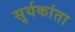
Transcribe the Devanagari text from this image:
सुर्यकांता